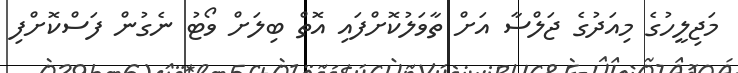
މަޖިލީހުގެ މިއަދުގެ ޖަލްސާ އަށް ތާވަލުކޮށްފައި އޮތް ބިލަށް ވޯޓު ނެގުން ފަސްކޮށްފި